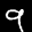
Label: 9